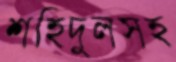
শহিদুলসহ